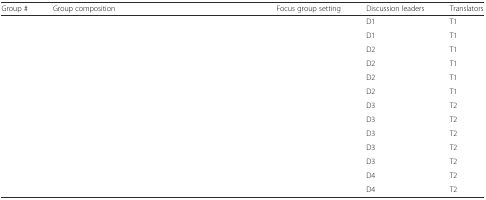
<table><thead><tr><td><b>Group #</b></td><td><b>Group composition</b></td><td><b>Focus group setting</b></td><td><b>Discussion leaders</b></td><td><b>Translators</b></td></tr></thead><tbody><tr><td>[EMPTY_CELL]</td><td>[EMPTY_CELL]</td><td>[EMPTY_CELL]</td><td>D1</td><td>T1</td></tr><tr><td>[EMPTY_CELL]</td><td>[EMPTY_CELL]</td><td>[EMPTY_CELL]</td><td>D1</td><td>T1</td></tr><tr><td>[EMPTY_CELL]</td><td>[EMPTY_CELL]</td><td>[EMPTY_CELL]</td><td>D2</td><td>T1</td></tr><tr><td>[EMPTY_CELL]</td><td>[EMPTY_CELL]</td><td>[EMPTY_CELL]</td><td>D2</td><td>T1</td></tr><tr><td>[EMPTY_CELL]</td><td>[EMPTY_CELL]</td><td>[EMPTY_CELL]</td><td>D2</td><td>T1</td></tr><tr><td>[EMPTY_CELL]</td><td>[EMPTY_CELL]</td><td>[EMPTY_CELL]</td><td>D2</td><td>T1</td></tr><tr><td>[EMPTY_CELL]</td><td>[EMPTY_CELL]</td><td>[EMPTY_CELL]</td><td>D3</td><td>T2</td></tr><tr><td>[EMPTY_CELL]</td><td>[EMPTY_CELL]</td><td>[EMPTY_CELL]</td><td>D3</td><td>T2</td></tr><tr><td>[EMPTY_CELL]</td><td>[EMPTY_CELL]</td><td>[EMPTY_CELL]</td><td>D3</td><td>T2</td></tr><tr><td>[EMPTY_CELL]</td><td>[EMPTY_CELL]</td><td>[EMPTY_CELL]</td><td>D3</td><td>T2</td></tr><tr><td>[EMPTY_CELL]</td><td>[EMPTY_CELL]</td><td>[EMPTY_CELL]</td><td>D3</td><td>T2</td></tr><tr><td>[EMPTY_CELL]</td><td>[EMPTY_CELL]</td><td>[EMPTY_CELL]</td><td>D4</td><td>T2</td></tr><tr><td>[EMPTY_CELL]</td><td>[EMPTY_CELL]</td><td>[EMPTY_CELL]</td><td>D4</td><td>T2</td></tr></tbody></table>